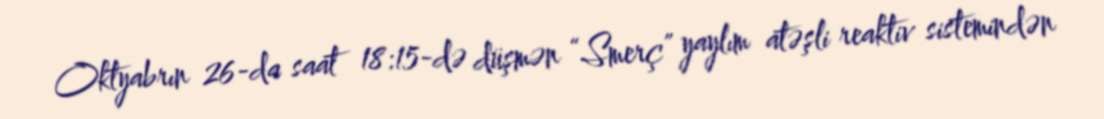
Oktyabrın 26-da saat 18:15-də düşmən “Smerç” yaylım atəşli reaktiv sistemindən